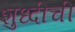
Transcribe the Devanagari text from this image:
शुध्दीची